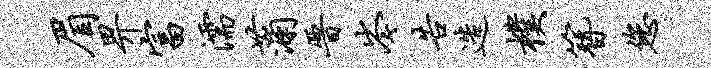
眉畀富濡蒲晋岑告造朴簪您